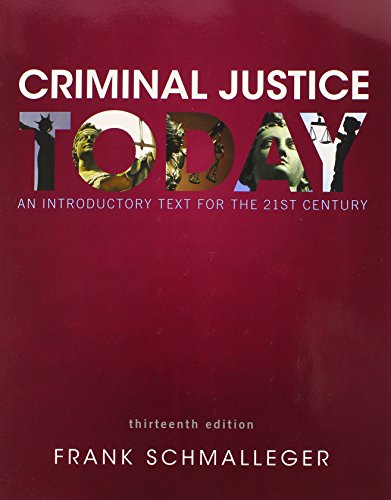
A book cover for Criminal Justice Today: An Introductory Text for the 21st Century (13th Edition); Frank J. Schmalleger; Politics & Social Sciences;